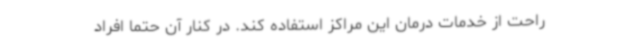
راحت از خدمات درمان این مراکز استفاده کند. در کنار آن حتماً افراد